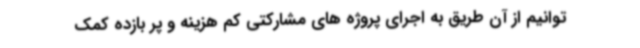
توانیم از آن طریق به اجرای پروژه های مشارکتی کم هزینه و پر بازده کمک